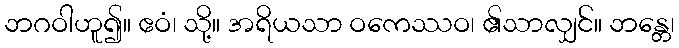
ဘဂဝါဟူ၍။ ဧဝံ၊ သို့။ အရိယသာ ဝကေဿဝ၊ ၏သာလျှင်။ ဘန္တေ၊